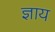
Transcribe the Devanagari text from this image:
ज्ञाय